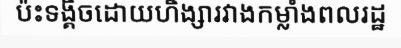
ប៉ះទង្គិចដោយហិង្សារវាងកម្លាំងពលរដ្ឋ